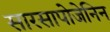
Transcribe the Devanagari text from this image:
सारसापोजेनिन